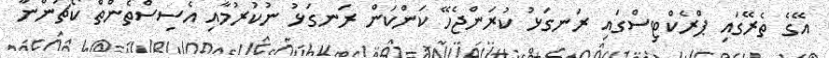
އޭގެ ތެރޭގައި ޕްރެކްޓިސްގައި ރަނގަޅު ކުރަންޖެހޭ ކަންކަން ރަނގަޅު ނުކުރުމާއި އެސިސްތެންތް ކޯޗުންނާ